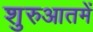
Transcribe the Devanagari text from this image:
शुरुआतमें